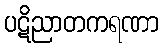
ပဋိညာတကရဏာ